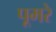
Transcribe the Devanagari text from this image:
पूमरे